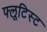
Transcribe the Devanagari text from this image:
फ्लूटिस्ट